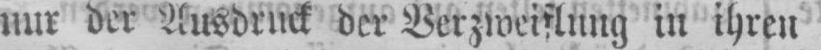
nur der Ausdruck der Verzweiflung in ihren